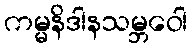
ကမ္မနိဒါနသမ္ဘဝေါ